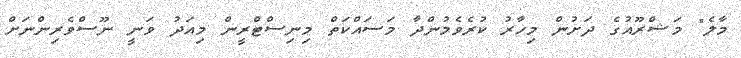
މާލެ" މަޝްރޫއުގެ ދަށުން މިހާރު ކުރެވެމުންދާ މަސައްކަތް މިނިސްޓްރީން މިއަދު ވަނީ ނޫސްވެރިންނަށް